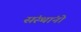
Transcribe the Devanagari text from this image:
संस्थांनो